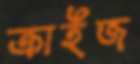
ক্রাইজ